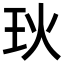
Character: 𪻓